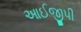
આઈજીપી